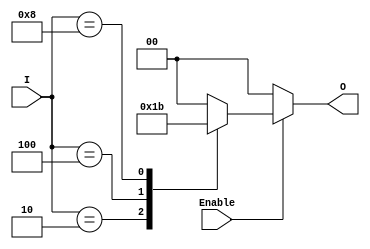
module binary_encoder (
    input wire [3:0] I,    // 4 input lines (I0 to I3)
    input wire Enable,      // Enable signal
    output reg [1:0] O      // 2-bit output
);

// Always block to describe the combinational logic
always @(*) begin
    if (!Enable) begin
        O = 2'b00; // If Enable is low, output is 00
    end else begin
        case (I)
            4'b0001: O = 2'b00; // I0 is active
            4'b0010: O = 2'b01; // I1 is active
            4'b0100: O = 2'b10; // I2 is active
            4'b1000: O = 2'b11; // I3 is active
            default: O = 2'b00;  // If no input is active or multiple inputs are active
        endcase
    end
end

endmodule